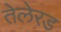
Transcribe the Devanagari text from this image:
तेलेरड